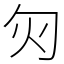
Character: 灳